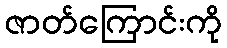
ဇာတ်ကြောင်းကို